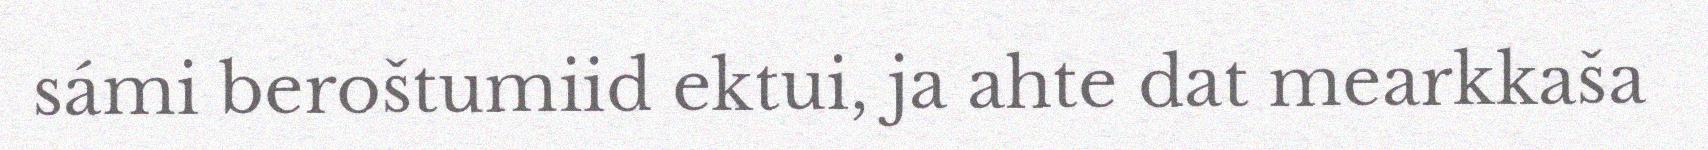
sámi beroštumiid ektui, ja ahte dat mearkkaša